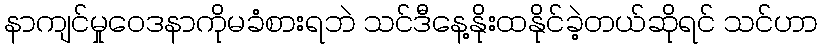
နာကျင်မှုဝေဒနာကိုမခံစားရဘဲ သင်ဒီနေ့နိုးထနိုင်ခဲ့တယ်ဆိုရင် သင်ဟာ